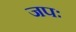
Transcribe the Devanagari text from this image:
जपः